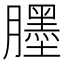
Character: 𦢓